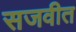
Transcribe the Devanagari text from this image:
सजवीत